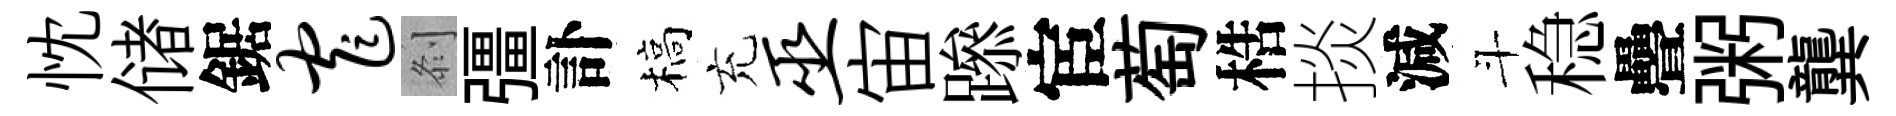
忱储鋸窄𠛴彊訃槁充巫宙𨅶宦萄梏掞減斗稳疊粥龔